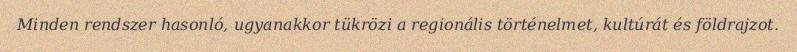
Minden rendszer hasonló, ugyanakkor tükrözi a regionális történelmet, kultúrát és földrajzot.